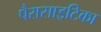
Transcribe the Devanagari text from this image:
पैरासाइटिका